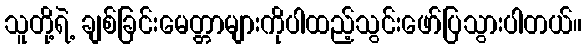
သူတို့ရဲ့ ချစ်ခြင်းမေတ္တာများကိုပါထည့်သွင်းဖော်ပြသွားပါတယ်။